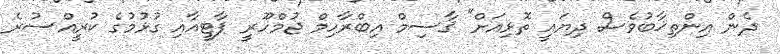
ދެން އިންތިޚާބުވެސް ދިޔައީ ތޮޅިއަށް" ޤާސިމް އިބްރާހިމް ޖުމްހޫރީ ޕާޓީއާއި ގުޅުމުގެ ކުރީއްސުރެ